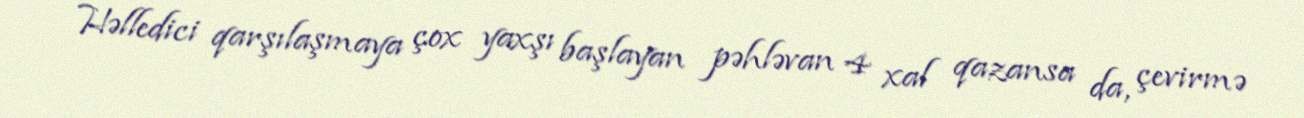
Həlledici qarşılaşmaya çox yaxşı başlayan pəhləvan 4 xal qazansa da, çevirmə